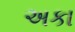
અકા